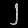
Digit: ၂